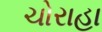
ચોરાહા